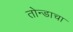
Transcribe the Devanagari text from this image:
तोन्डाचा